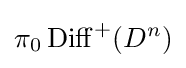
\pi _{0}\operatorname {Diff} ^{+}(D^{n})